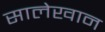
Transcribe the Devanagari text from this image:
सालेखान